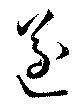
遂